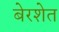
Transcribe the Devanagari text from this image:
बेरशेत